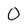
Character: 0